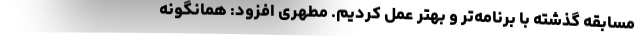
مسابقه گذشته با برنامه‌تر و بهتر عمل کردیم. مطهری افزود: همانگونه